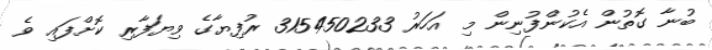
ބުނާ ގޮތުން އެކުންފުނިން މި އަހަރު 315450233 ރުފިޔާގެ ވިޔަފާރި ކޮށްފައި ވެ